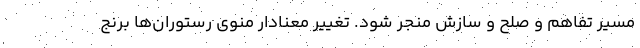
مسير تفاهم و صلح و سازش منجر شود. تغییر معنادار منوی رستوران‌ها برنج